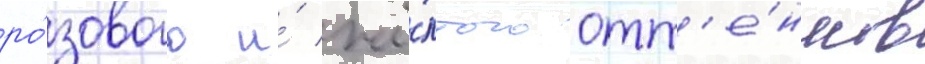
ро́зового и́ жё́лтого отт'е́нков